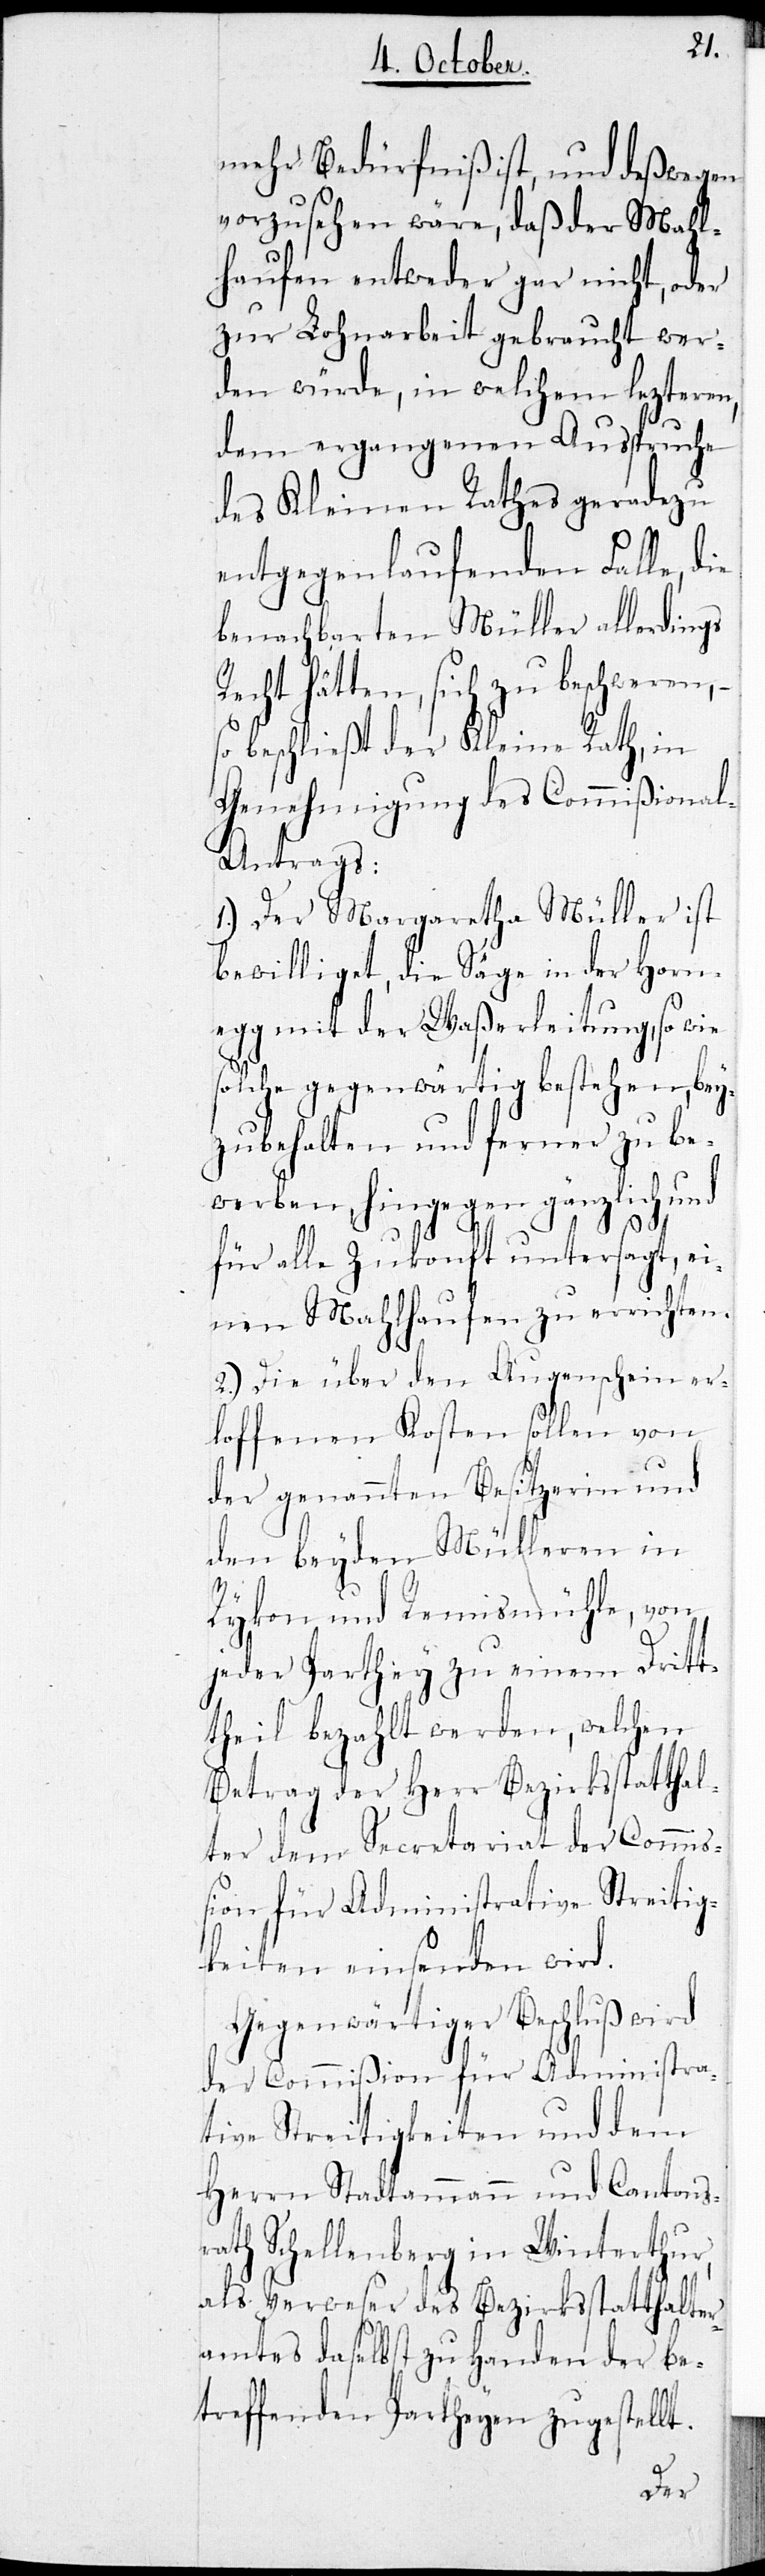
mehr Bedürfniß ist, und deßwegen
vorzusehen wäre, daß der Mahl¬
haufen entweder gar nicht, oder
zur Lohnarbeit gebraucht wer¬
den würde, in welchem lezteren,
dem ergangenen Ausspruche
des Kleinen Rathes geradezu
entgegenlaufenden Falle,
benachbarten Müller allerdings
Recht hätten, sich zu beschweren, –
so beschließt der Kleine Rath, in
Genehmigung des Commißiona¬
l-Antrags:
1.) Der Margaretha Müller ist
bewilliget, die Säge in der Horn¬
egg mit der Waßerleitung, sowie
solche gegenwärtig bestehen, bey¬
zubehalten und ferner zu be¬
werben, hingegen gänzlich und
für alle Zukonft untersagt, ei¬
nen Mahlhaufen zu errichten.
2.) Die über den Augenschein er¬
loffenen Kosten sollen von
der genannten Besitzerin und
den beyden Mülleren in
Rykon und Remismühle, von
jeder Parthey zu einem Dritt¬
theil bezahlt werden, welchen
Betrag der Herr Bezirksstatthal¬
ter dem Secretariat der Commiß¬
ion für Administrative Streitig¬
keiten einsenden wird.
Gegenwärtiger Beschluß wird
der Commißion für Administra¬
tive Streitigkeiten und dem
Herrn Stadtammann und Cantons¬
rath Schellenberg in Winterthur,
als Verweser des Bezirksstatthalter¬
amtes daselbst zu Handen der be¬
treffenden Partheyen zugestellt.